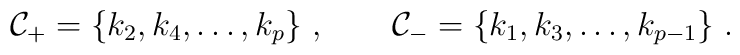
{\cal C}_+=\{k_2,k_4,\ldots,k_p\}\ ,\qquad{\cal C}_-=\{k_1,k_3,\ldots,k_{p-1}\}\ .